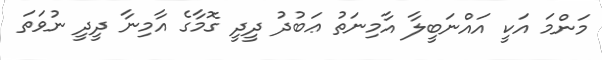
މަންމަ އަކީ އައްނަބީލާ އާމިނަތު ޢަބުދު ދީދީ ގޮމާގެ އާމިނާ ދީދީ ނުވަތަ